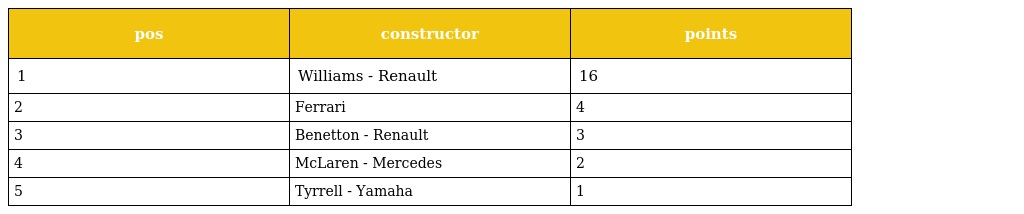
| pos | constructor | points |
 | --- | --- | --- |
 | 1 | Williams - Renault | 16 |
 | 2 | Ferrari | 4 |
 | 3 | Benetton - Renault | 3 |
 | 4 | McLaren - Mercedes | 2 |
 | 5 | Tyrrell - Yamaha | 1 |